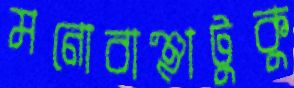
মনোবাঞ্ছাটুকু